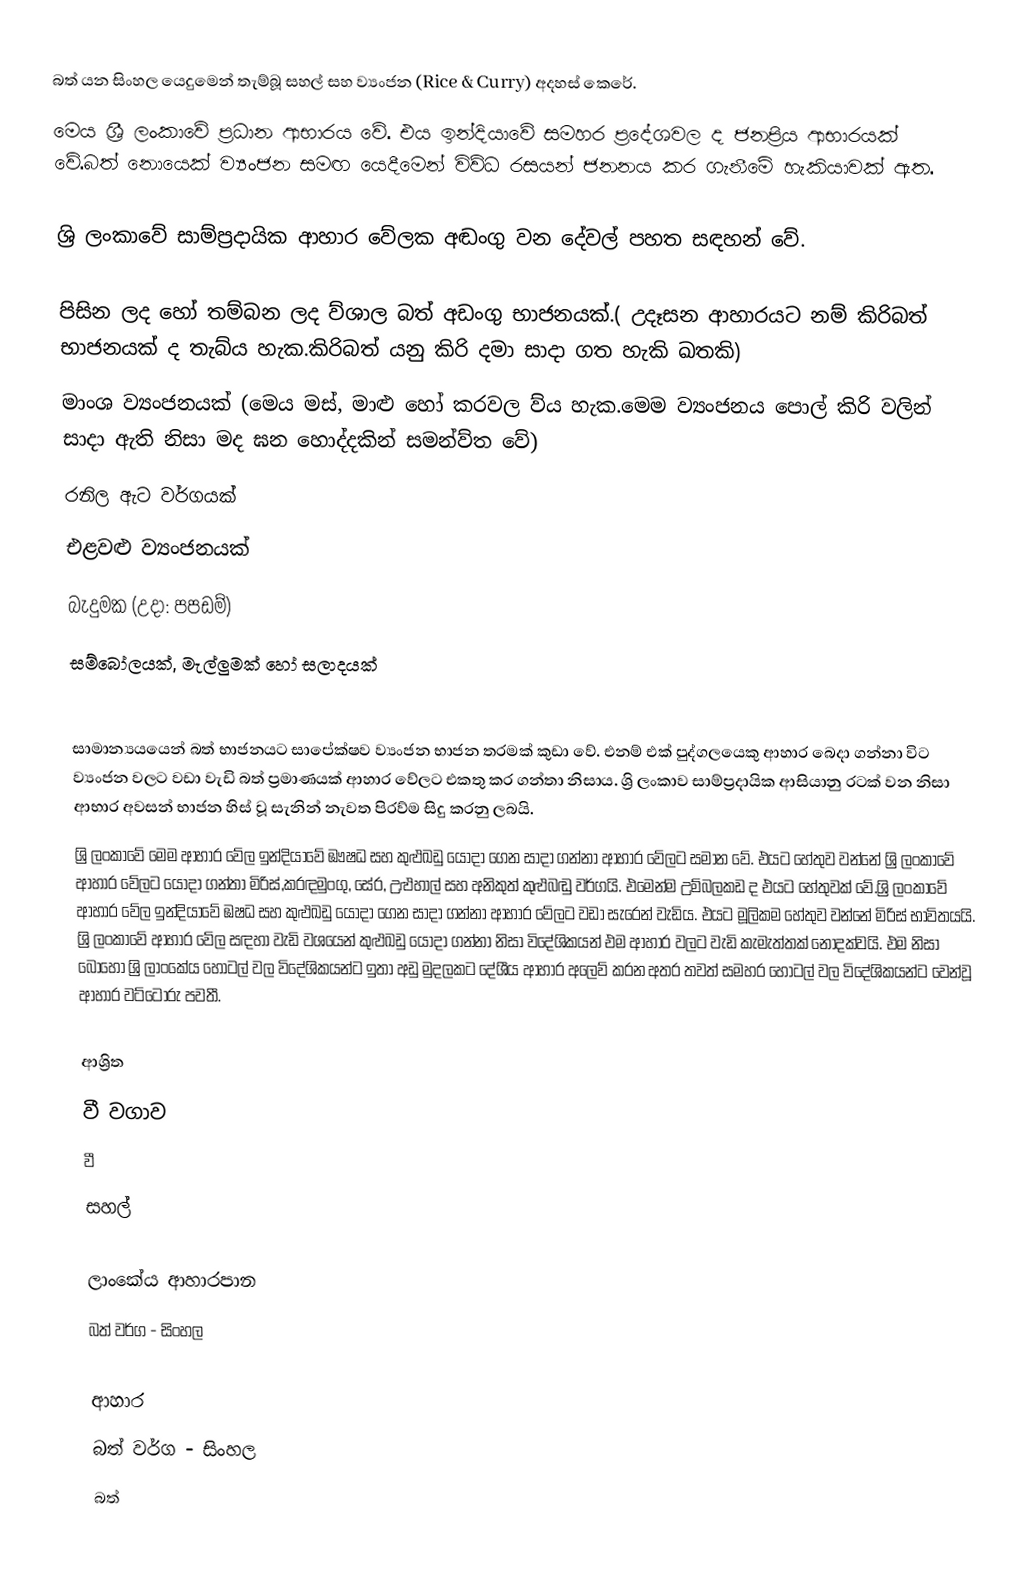
බත් යන සිංහල යෙදුමෙන්  තැම්බූ සහල් සහ ව්‍යංජන (Rice & Curry) අදහස් කෙරේ.
මෙය  ශ්‍රී ලංකාවේ ප්‍රධාන ආභාරය වේ. එය  ඉන්දියාවේ සමහර ප්‍රදේශවල ද ජනප්‍රිය ආභාරයක් වේ.බත් නොයෙක් ව්‍යංජන සමඟ යෙදීමෙන් විව්ධ රසයන් ජනනය කර ගැනීමේ හැකියාවක් ඇත.

ශ්‍රි ලංකාවේ  සාම්ප්‍රදායික  ආහාර වේලක අඬංගු වන දේවල් පහත සඳහන් වේ.

පිසින ලද හෝ තම්බන ලද ව්ශාල බත් අඩංගු භාජනයක්.( උදෑසන ආහාරයට නම් කිරිබත් භාජනයක් ද තැබ්ය හැක.කිරිබත් යනු කිරි දමා සාදා ගත හැකි ඛතකි)
මාංශ ව්‍යංජනයක් (මෙය  මස්,  මාළු හෝ කරවල ව්ය හැක.මෙම ව්‍යංජනය පොල් කිරි වලින් සාදා ඇති නිසා මද ඝන හොද්දකින් සමන්ව්ත වේ)
රනිල ඇට වර්ගයක්
එළවළු ව්‍යංජනයක්
 බැදුමක (උදා: පපඩම්)
සම්බෝලයක්, මැල්ලුමක්  හෝ සලාදයක්

සාමාන්‍යයයෙන් බත් භාජනයට සාපේක්ෂව ව්‍යංජන භාජන  තරමක් කුඩා වේ. එනම් එක් පුද්ගලයෙකු ආහාර බෙදා ගන්නා විට ව්‍යංජන වලට වඩා වැඩි බත් ප්‍රමාණයක් ආහාර වේලට එකතු කර ගන්තා නිසාය. ශ්‍රි ලංකාව සාම්ප්‍රදායික  ආසියානු රටක් වන නිසා ආභාර අවසන් භාජන හිස් වූ සැනින් නැවත පිරව්ම සිදු කරනු ලබයි.
ශ්‍රි ලංකාවේ මෙම ආහාර වේල ඉන්දියාවේ ඹෟෂධ සහ කුළුඛඩු යොදා ගෙන සාදා ගන්නා ආහාර වේලට සමාන වේ. එයට හේතුව වන්නේ ශ්‍රි ලංකාවේ ආහාර වේලට යොදා ගන්තා මිරිස්,කරඳමුංගු, සේර, උළුහාල් සහ අනිකුත් කුළුබඬු වර්ගයි. එමෙන්ම උම්බලකඩ ද එයට හේතුවක් වේ.ශ්‍රි ලංකාවේ ආහාර වේල ඉන්දියාවේ ඹෂධ සහ කුළුඛඩු යොදා ගෙන සාදා ගන්නා ආහාර වේලට වඩා සැරෙන් වැඩිය. එයට මූලිකම හේතුව වන්නේ මිරිස් භාවිතයයි. ශ්‍රි ලංකාවේ  ආහාර වේල සඳහා වැඩි වශයෙන් කුළුඛඩු යොදා ගන්නා නිසා විදේශිකයන් එම ආහාර වලට වැඩි කැමැත්තක් නොදක්වයි. එම නිසා බොහෝ ශ්‍රි ලාංකේය හෝටල් වල විදේශිකයන්ට ඉතා අඩු මුදලකට දේශීය ආහාර අලෙව් කරන අතර තවත් සමහර හෝටල් වල විදේශිකයන්ට වෙන්වූ ආහාර වට්ටෝරු පවතී.

ආශ්‍රිත
 වී වගාව
 වී
 සහල්

ලාංකේය ආහාරපාන
බත් වර්ග - සිංහල

ආහාර
බත් වර්ග - සිංහල
බත්